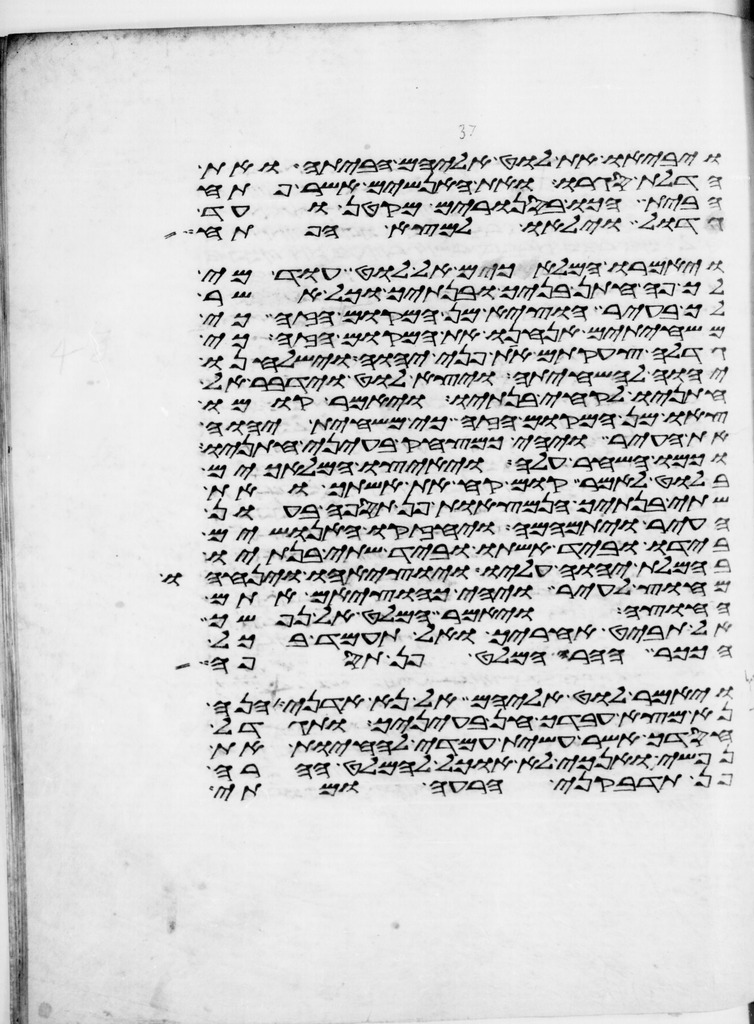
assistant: ויביאו את לוט אליהם הביתה ואת
הדלת סגרו ואת האנשים אשר פתח
הבית הכו בסנורים מקטן ועד
גדול וילאו למצא הפתח
ויאמרו המלאכים אל לוט עוד מי
לך פה חתן בניך ובנתיך וכל אשר
לך בעיר הוציא מן המקום הזה כי
משחיתים אנחנו את המקום הזה כי
גדלה צעקתם את פני יהוה וישלחנו
יהוה להשחיתה ויצא לוט וידבר אל
חתניו לקחי בנתיו ויאמר קומו
צאו מן המקום הזה כי משחית יהוה
את העיר ויהי כמצחק בעיני חתניו
וכמו השחר עלה ויאיצו המלאכים
בלוט לאמר קום קח את אשתך ואת
שתי בנתיך הנמצאות פן תספה בעון
העיר ויתמהמה ויחזקו האנושים
בידו וביד אשתו וביד שתי בנתיו
בחמלת יהוה עליו ויוציאהו ויניחהו
מחוץ לעיר ויהי כהוציאם אתם
החוצה ויאמר המלט על נפשך
אל תבט אחריך ואל תעמד בכל
הככר ההרה המלט פן תספה
ויאמר לוט אליהם אל נא אדני הנה
נא מצא עבדך חן בעיניך ותגדל
חסדך אשר עשית עמדי להחיות את
נפשי ואנכי לא אוכל להמלט ההרה
פן תדבקני הרעה ומתי